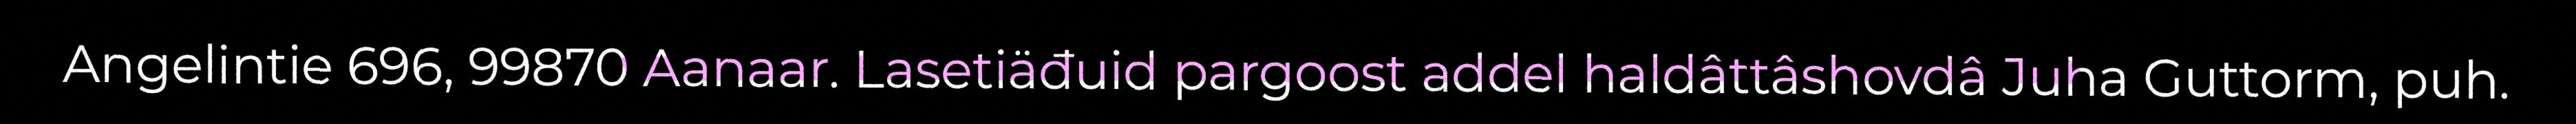
Angelintie 696, 99870 Aanaar. Lasetiäđuid pargoost addel haldâttâshovdâ Juha Guttorm, puh.